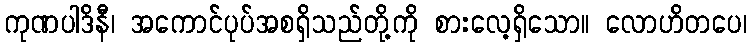
ကုဏပါဒိနီ၊ အကောင်ပုပ်အစရှိသည်တို့ကို စားလေ့ရှိသော။ လောဟိတပေ၊